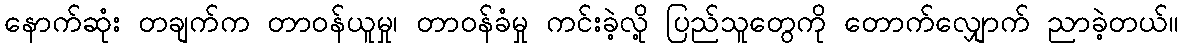
နောက်ဆုံး တချက်က တာဝန်ယူမှု၊ တာဝန်ခံမှု ကင်းခဲ့လို့ ပြည်သူတွေကို တောက်လျှောက် ညာခဲ့တယ်။